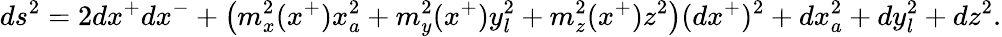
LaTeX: ds^{2}=2dx^{+}dx^{-}+\left(m_{x}^{2}(x^{+})x_{a}^{2}+m_{y}^{2}(x^{+})y_{l}^{2}+m_{z}^{2}(x^{+})z^{2}\right)(dx^{+})^{2}+dx_{a}^{2}+dy_{l}^{2}+dz^{2}.